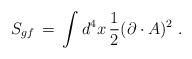
LaTeX: \begin{align*}S_{gf}\,=\, \int d^4x \, \frac{1}{2} (\partial \cdot A)^2 \;.\end{align*}